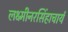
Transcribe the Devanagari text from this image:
लक्ष्मीनरसिंहाचार्य